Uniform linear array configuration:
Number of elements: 4
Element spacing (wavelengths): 1
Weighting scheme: hamming
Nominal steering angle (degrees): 45
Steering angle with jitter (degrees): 44.713
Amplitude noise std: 0.05
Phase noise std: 0.05

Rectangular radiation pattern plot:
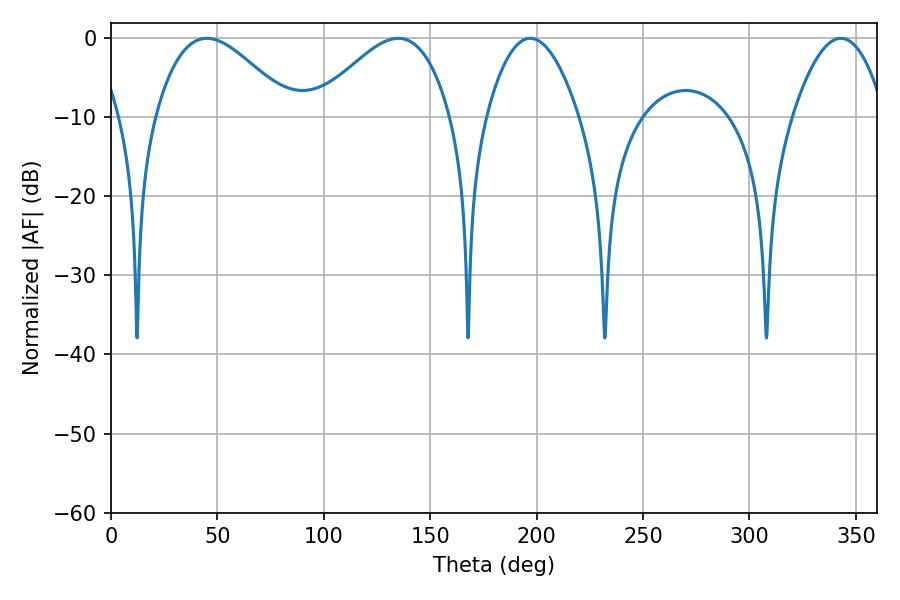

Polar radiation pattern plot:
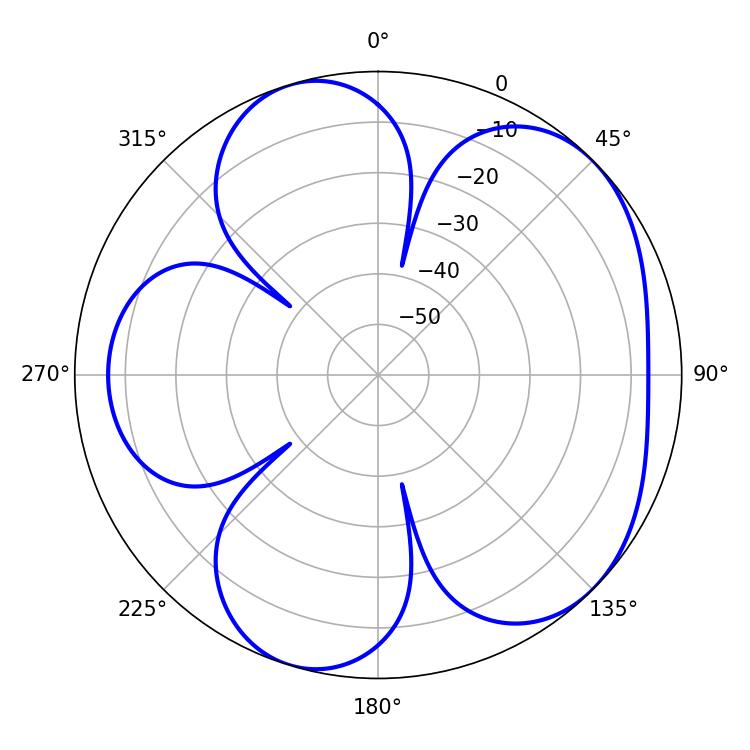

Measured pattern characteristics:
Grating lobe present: TRUE
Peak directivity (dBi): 5.276
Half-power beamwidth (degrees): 34.38
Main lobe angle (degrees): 45